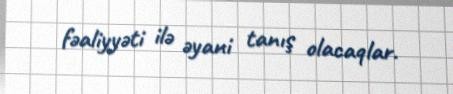
fəaliyyəti ilə əyani tanış olacaqlar.